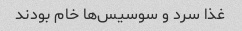
غذا سرد و سوسیس‌ها خام بودند